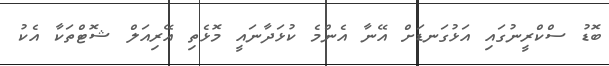
ބޮޑު ސްކްރީނުގައި އަޅުގަނޑަށް އޭނާ އެންމެ ކުޅަދާނައީ މޮޅެތި އޭރިއަލް ޝޮޓްތަކާ އެކު